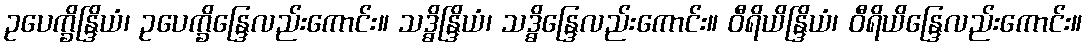
ဥပေက္ခိန္ဒြိယံ၊ ဥပေက္ခိန္ဒြေလည်းကောင်း။ သဒ္ဓိန္ဒြိယံ၊ သဒ္ဓိန္ဒြေလည်းကောင်း။ ဝီရိယိန္ဒြိယံ၊ ဝီရိယိန္ဒြေလည်းကောင်း။